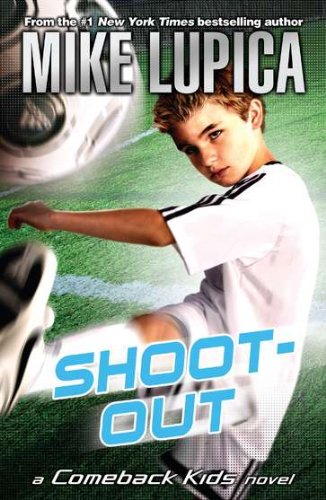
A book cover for Shoot-Out (Comeback Kids); Mike Lupica; Children's Books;